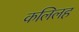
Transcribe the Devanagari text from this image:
कलिलह